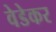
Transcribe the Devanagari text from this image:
वेडेकर